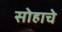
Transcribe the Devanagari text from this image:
सोहाचे